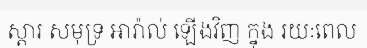
ស្តារ សមុទ្រ អារ៉ាល់ ឡើងវិញ ក្នុង រយៈពេល